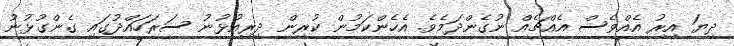
ދިޔަ އިރު އެއްވެސް އެއްޗެއް ނުގެންދަމެވެ. އެެހެންކަމުން ކުރިން ދިރިއުޅުނު ސަރަހައްދުގައި ގެންގުޅުނު